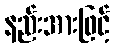
နည်းအားဖြင့်